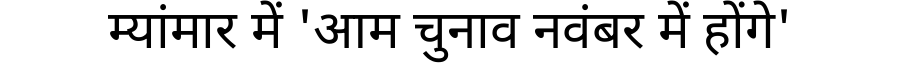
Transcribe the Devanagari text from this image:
म्यांमार में 'आम चुनाव नवंबर में होंगे'